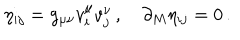
\eta _ { i j } = g _ { \mu \nu } v _ { i } ^ { \mu } v _ { j } ^ { \nu } \, , \quad \partial _ { M } \eta _ { i j } = 0 \, .